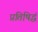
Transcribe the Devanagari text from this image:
प्रतिषिद्धं